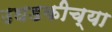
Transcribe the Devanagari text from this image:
उघडकीच्या